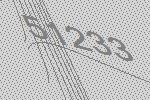
51233